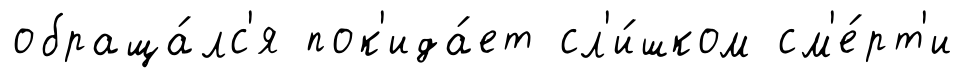
обраща́лс'я пок'ида́ет сл'и́шком см'е́рт'и